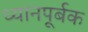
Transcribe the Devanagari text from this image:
ध्यानपूर्बक